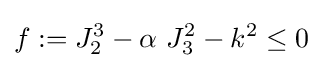
f:=J_{2}^{3}-\alpha ~J_{3}^{2}-k^{2}\leq 0